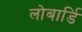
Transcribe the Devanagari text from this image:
लोबार्डि